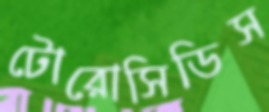
টোরোসিডিস